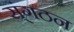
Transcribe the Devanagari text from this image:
स्ंगठन